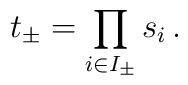
t_\pm = \prod_{i \in I_\pm} s_i\,.